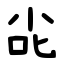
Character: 㕾